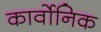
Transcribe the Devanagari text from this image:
कार्वोनिक